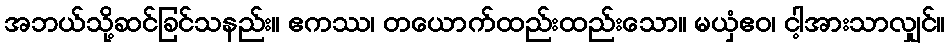
အဘယ်သို့ဆင်ခြင်သနည်း။ ဧကဿ၊ တယောက်ထည်းထည်းသော။ မယှံဧဝ၊ ငါ့အားသာလျှင်။